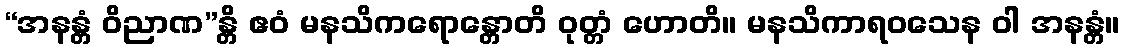
“အနန္တံ ဝိညာဏ”န္တိ ဧဝံ မနသိကရောန္တောတိ ဝုတ္တံ ဟောတိ။ မနသိကာရဝသေန ဝါ အနန္တံ။